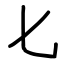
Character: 𠤎